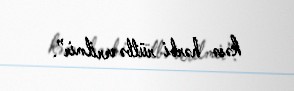
kəsə hərbi rütbə verilmir”.